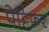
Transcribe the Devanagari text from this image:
पेट्टिफर